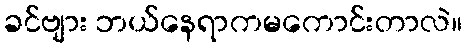
ခင်ဗျား ဘယ်နေရာကမကောင်းတာလဲ။